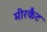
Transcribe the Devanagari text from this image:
मीरकैट